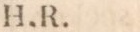
H.R.